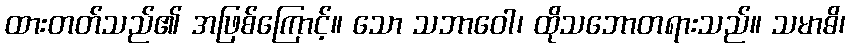
ထားတတ်သည်၏ အဖြစ်ကြောင့်။ သော သဘာဝေါ၊ ထိုသဘောတရားသည်။ သမာဓိ၊